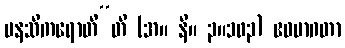
မနသိကရောတီ”တိ (အ။ နိ။ ၃။၁၀၃) ဧဝမာဂတာ